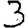
Digit: 3